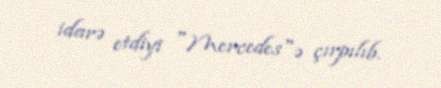
idarə etdiyi "Mercedes"ə çırpılıb.